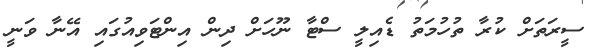
ސީރަތަށް ކުރާ ތުހުމަތު ޑެއިލީ ސްޓާ ނޫހަށް ދިން އިންޓަވިއުގައި އޭނާ ވަނީ